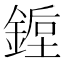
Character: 𰼿